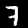
Digit: 7